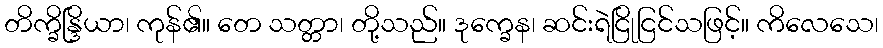
တိက္ခိန္ဒြိယာ၊ ကုန်၏။ တေ သတ္တာ၊ တို့သည်။ ဒုက္ခေန၊ ဆင်းရဲငြိုငြင်သဖြင့်။ ကိလေသေ၊